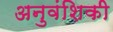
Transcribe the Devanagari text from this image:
अनुवंशिकी